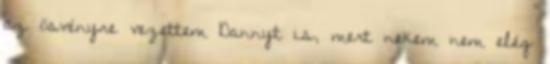
az ösvényre vezettem Dannyt is, mert nekem nem elég